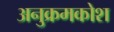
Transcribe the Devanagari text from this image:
अनुक्रमकोश